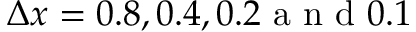
\Delta x = 0 . 8 , 0 . 4 , 0 . 2 \mathrm { ~ a ~ n ~ d ~ } 0 . 1